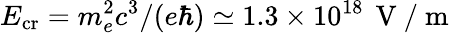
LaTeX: E_{\mathrm{cr}}=m_{e}^{2}c^{3}/(e\hbar)\simeq 1.3\times 10^{18}\, \mathrm{~V~}/\mathrm{~m~}